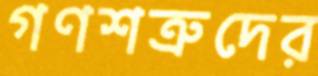
গণশত্রুদের